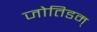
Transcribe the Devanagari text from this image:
जोतिडम्